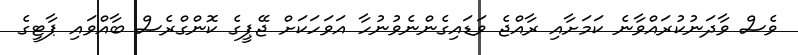
ވެސް ވާދަނުކުރައްވާނެ ކަމަށާއި ރާއްޖެ ވަަޑައިގެންނެވުނުހާ އަވަހަަކަށް ޖޭޕީގެ ކޮންގްރެސް ބާއްވައި ޕާޓީގެ